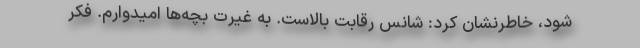
شود، خاطرنشان کرد: شانس رقابت بالاست. به غیرت بچه‌ها امیدوارم. فکر